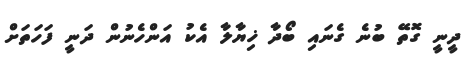
ދީނީ ގޮތޭ ބުނެ ގެނައި ބޯދާ ޚިޔާލާ އެކު އަންހެނުން ދަނީ ފަހަތަށް